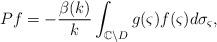
LaTeX: \begin{align*}Pf=-\frac{\beta(k)}{k}\int_{\mathbb C\backslash D}g(\varsigma)f(\varsigma)d\sigma_\varsigma,\end{align*}